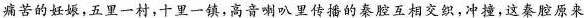
痛苦的妊娠,五里一村,十里一镇,高音喇叭里传播的秦腔互相交织,冲撞,这秦腔原来